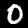
Label: 0